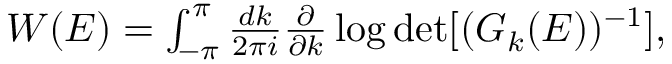
\begin{array} { r } { W ( E ) = \int _ { - \pi } ^ { \pi } \frac { d k } { 2 \pi i } \frac { \partial } { \partial k } \log \operatorname* { d e t } [ ( G _ { k } ( E ) ) ^ { - 1 } ] , } \end{array}